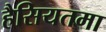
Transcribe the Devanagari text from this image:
हैसियतमा